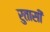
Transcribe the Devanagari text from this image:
रुतासी